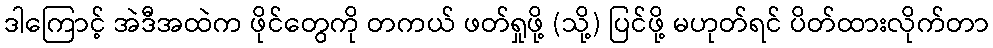
ဒါကြောင့် အဲဒီအထဲက ဖိုင်တွေကို တကယ် ဖတ်ရှုဖို့ (သို့) ပြင်ဖို့ မဟုတ်ရင် ပိတ်ထားလိုက်တာ